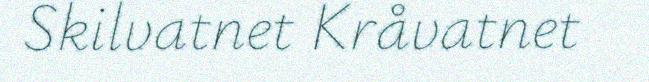
Skilvatnet Kråvatnet